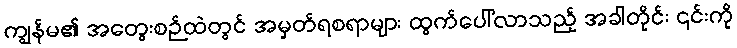
ကျွန်မ၏ အတွေးစဉ်ထဲတွင် အမှတ်ရစရာများ ထွက်ပေါ်လာသည့် အခါတိုင်း ၎င်းကို